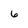
Character: 6